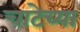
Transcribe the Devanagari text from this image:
चाटेच्या